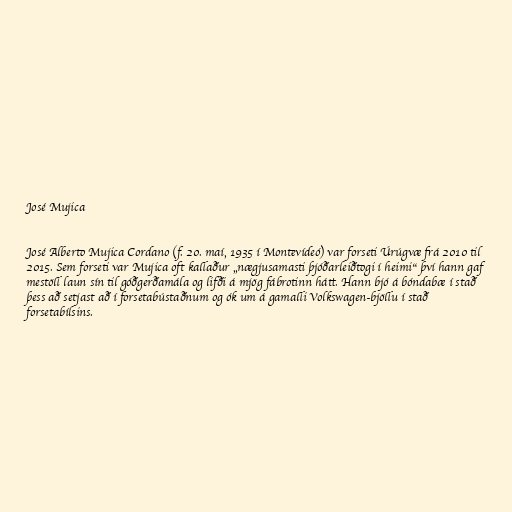
José Mujica

José Alberto Mujica Cordano (f. 20. maí, 1935 í Montevídeó) var forseti Úrúgvæ frá 2010 til
2015. Sem forseti var Mujica oft kallaður „nægjusamasti þjóðarleiðtogi í heimi“ því hann gaf
mestöll laun sín til góðgerðamála og lifði á mjög fábrotinn hátt. Hann bjó á bóndabæ í stað
þess að setjast að í forsetabústaðnum og ók um á gamalli Volkswagen-bjöllu í stað
forsetabílsins.